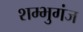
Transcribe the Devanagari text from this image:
शम्भुगंज